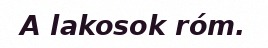
A lakosok róm.